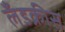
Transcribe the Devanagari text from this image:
लँडक्रीस